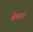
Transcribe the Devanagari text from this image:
ब्रेवस्टर